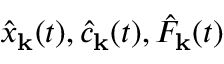
\hat { x } _ { \bf k } ( t ) , \hat { c } _ { \bf k } ( t ) , \hat { F } _ { \bf k } ( t )